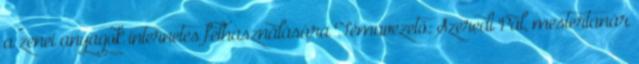
a zenei anyagok internetes felhasználására Témavezető: Szeredi Pál, mestertanár